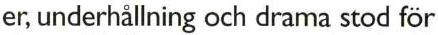
er, underhållning och drama stod för